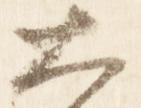
大